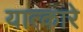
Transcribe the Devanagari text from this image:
यात्कारे